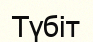
Түбіт